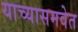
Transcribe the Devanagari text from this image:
याच्यासमवेत